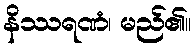
နိဿရဏံ၊ မည်၏။